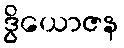
ဒွိယောဇန